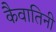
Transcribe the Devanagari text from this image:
कैवातिनी